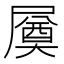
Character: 㞟